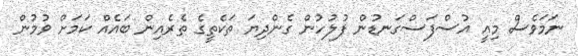
ނަމަވެސް މިއީ އުސްފަސްގަނޑުން ފުލުހުން ގެންދިޔަ ތަކެތީގެ ތެރެއިން ބައެއް ކަމަށް ވުމުން